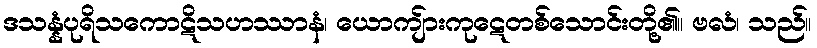
ဒသန္နံပုရိသကောဋိသဟဿာနံ၊ ယောကျ်ားကုဋေတစ်သောင်းတို့၏။ ဗလံ၊ သည်။